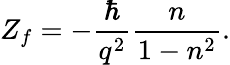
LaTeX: Z_{f}=-\frac{\hbar}{q^{2}}\frac{n}{1-n^{2}}.